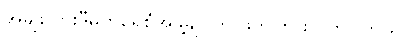
အမျိုးသားဒီမိုကရေစီအဖွဲ့ချုပ်က ဖိတ်ကြားလိုက်ပါတယ်။